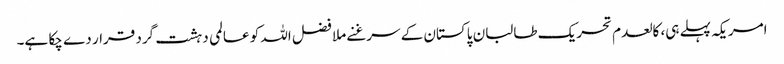
امریکہ پہلے ہی، کالعدم تحریک طالبان پاکستان کے سرغنے ملا فضل اللہ کو عالمی دہشت گرد قرار دے چکا ہے۔